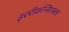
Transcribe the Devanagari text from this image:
इररीकन्सिएबल